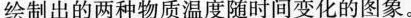
绘制出的两种物质温度随时间变化的图象。